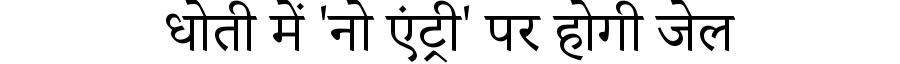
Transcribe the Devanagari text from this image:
धोती में 'नो एंट्री' पर होगी जेल